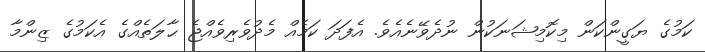
ކަމުގެ ޔަގީންކަން މިކޮމިޝަނަކުން ނުދެވޭނެއެވެ. އެފަދަ ކަމެއް މެދުވެރިވެއްޖެ ޙާލަތެއްގެ އެކަމުގެ ޒިންމާ